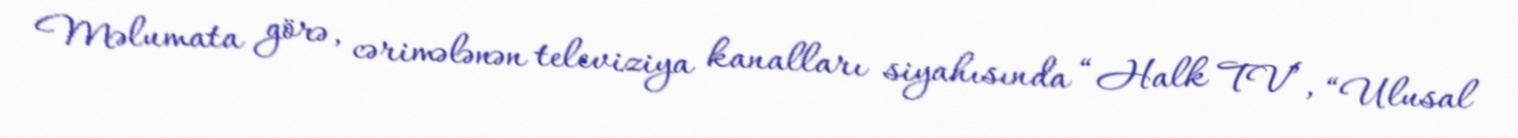
Məlumata görə, cərimələnən televiziya kanalları siyahısında “Halk TV”, “Ulusal